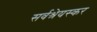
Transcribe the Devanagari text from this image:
सर्वश्रेयस्कर